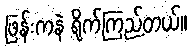
ဖြန်းကနဲ ရိုက်ကြည့်တယ်။